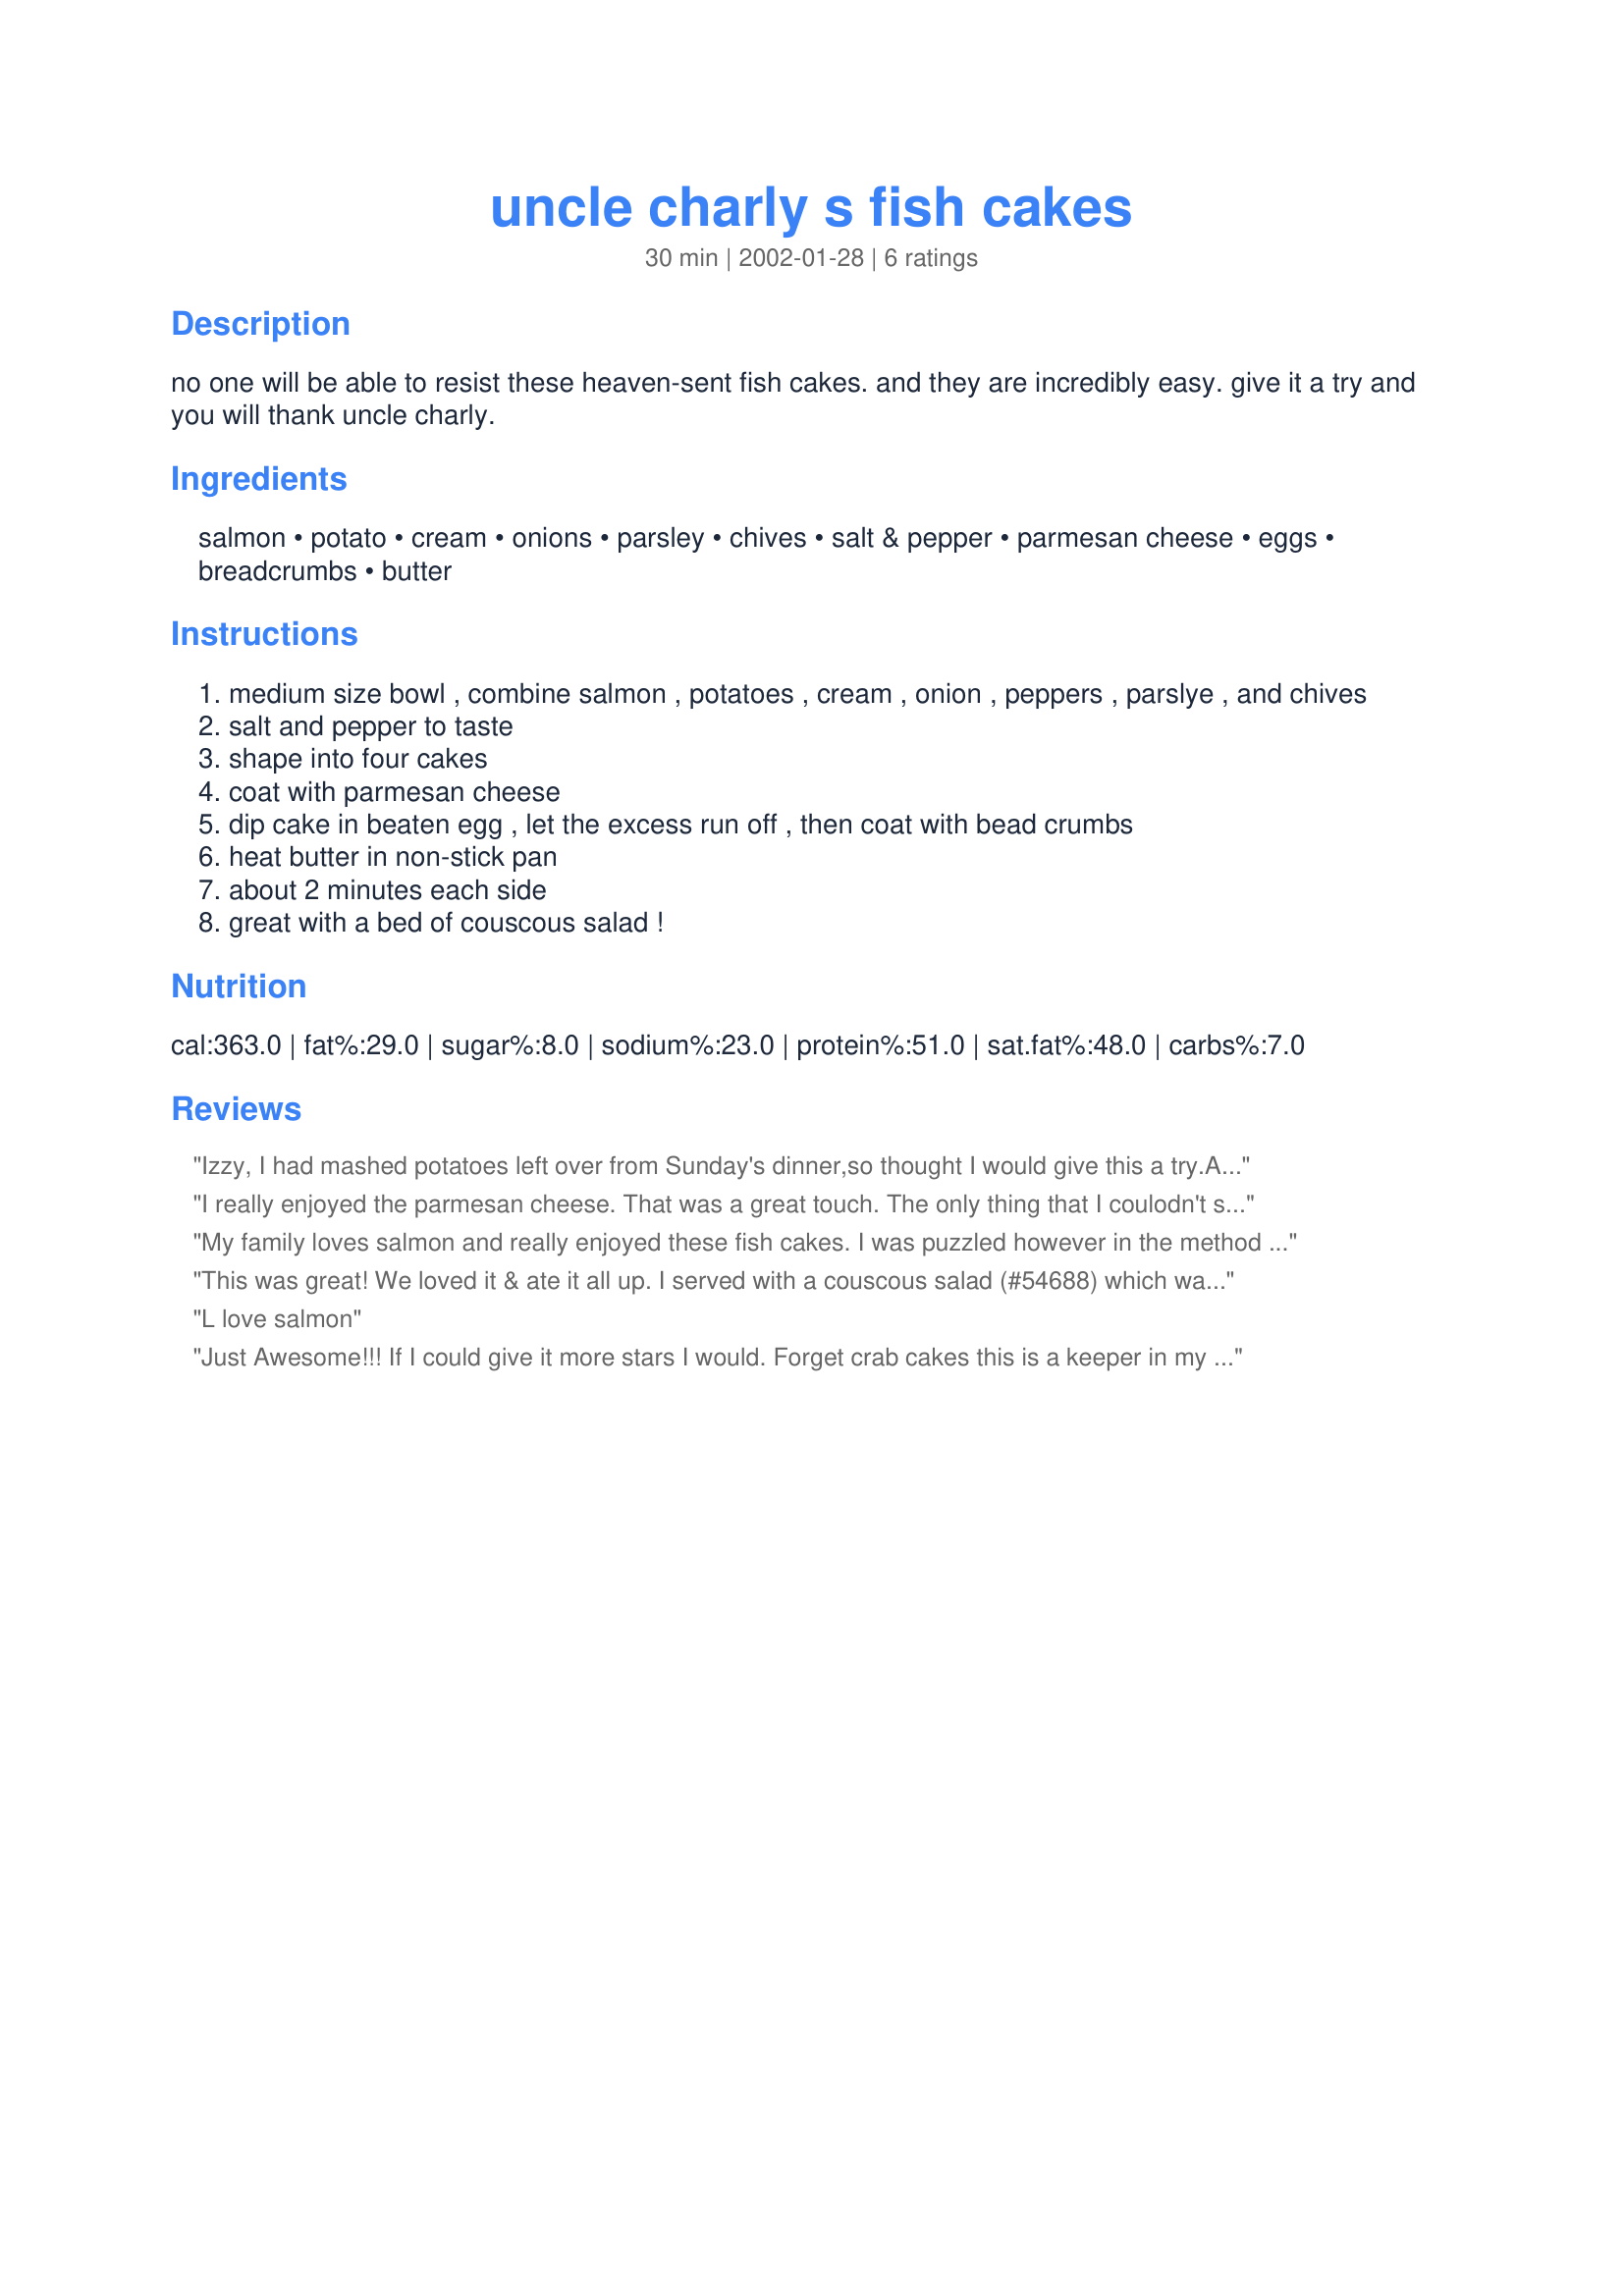
uncle charly s fish cakes
Preparation time: 30 minutes

no one will be able to resist these heaven-sent fish cakes. and they are incredibly easy. give it a try and you will thank uncle charly.

Ingredients:
salmon, potato, cream, onions, parsley, chives, salt & pepper, parmesan cheese, eggs, breadcrumbs, butter

Steps:
medium size bowl , combine salmon , potatoes , cream , onion , peppers , parslye , and chives
salt and pepper to taste
shape into four cakes
coat with parmesan cheese
dip cake in beaten egg , let the excess run off , then coat with bead crumbs
heat butter in non-stick pan
about 2 minutes each side
great with a bed of couscous salad !

Reviews:
Izzy,
 I had mashed potatoes left over from Sunday's dinner,so thought I would give this a try.Am very glad I did,What a great change of pace from the plain old Salmon patties.We loved these enough to do it again the next time we are hungry for Salmon.
Very Easy Too.
Thanks,Darlene Summers
I really enjoyed the parmesan cheese. That was a great touch. The only thing that I coulodn't seem to get the way I wanted, was the consistency of the patty. It didn't hold together well in the pan.
My family loves salmon and really enjoyed these fish cakes. I was puzzled however in the method where it said to add peppers but did not find peppers in the ingredients. I added red pepper just in case and loved it.
This was great! We loved it & ate it all up. I served with a couscous salad (#54688) which was a great accompainment. Thanks to Uncle Charly!
L love salmon
Just Awesome!!! If I could give it more stars I would. Forget crab cakes this is a keeper in my house : )
